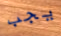
يجب